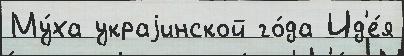
Му́ха украjинской го́да Ид'е́я